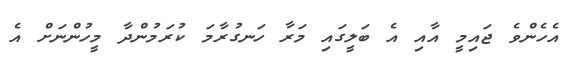
އެހެންވެ ޖައިމީ އާއި އެ ބަލީގައި މަރާ ހަނގުރާމަ ކުރަމުންދާ މީހުންނަށް އެ